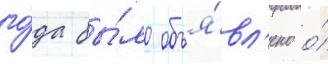
го́да бы́ло объя́вл'ено о́